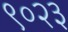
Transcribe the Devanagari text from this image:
९०२३